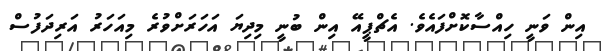
އިން ވަނީ ހިއްސާކޮށްފައެވެ. އެޗްޕީއޭ އިން ބުނީ މިދިޔަ އަހަރަށްވުރެ މިއަހަރު އަރިދަފުސް